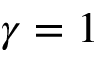
\gamma = 1